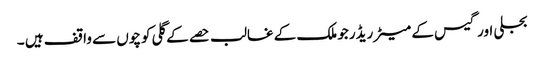
بجلی اور گیس کے میٹر ریڈرجو ملک کے غالب حصے کے گلی کوچوں سے واقف ہیں ۔